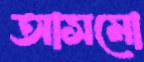
আসমো